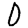
Digit: 0